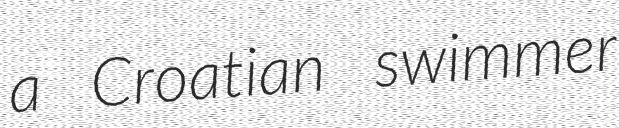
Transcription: a Croatian swimmer